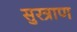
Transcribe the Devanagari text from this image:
सुरत्राण